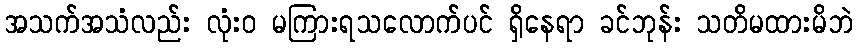
အသက်အသံလည်း လုံးဝ မကြားရသလောက်ပင် ရှိနေရာ ခင်ဘုန်း သတိမထားမိဘဲ